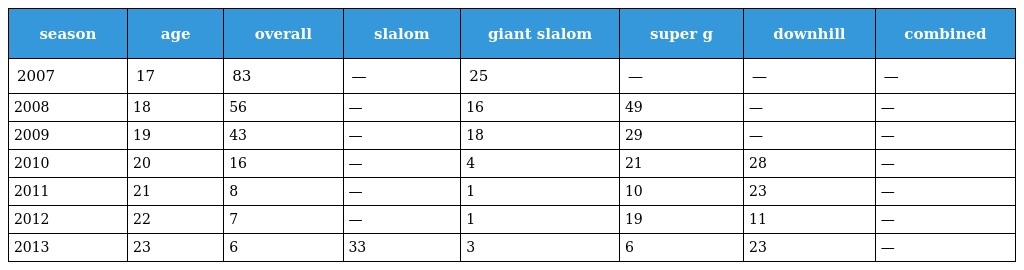
| season | age | overall | slalom | giant slalom | super g | downhill | combined |
 | --- | --- | --- | --- | --- | --- | --- | --- |
 | 2007 | 17 | 83 | — | 25 | — | — | — |
 | 2008 | 18 | 56 | — | 16 | 49 | — | — |
 | 2009 | 19 | 43 | — | 18 | 29 | — | — |
 | 2010 | 20 | 16 | — | 4 | 21 | 28 | — |
 | 2011 | 21 | 8 | — | 1 | 10 | 23 | — |
 | 2012 | 22 | 7 | — | 1 | 19 | 11 | — |
 | 2013 | 23 | 6 | 33 | 3 | 6 | 23 | — |